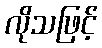
လိုသဖြင့်